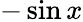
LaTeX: -\sin x